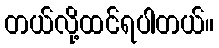
တယ်လို့ထင်ရပါတယ်။